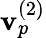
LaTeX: \mathbf{v}_{p}^{(2)}